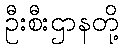
ဦးစီးဌာနတို့